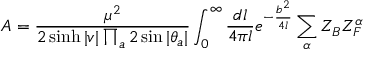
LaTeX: { \cal A } = \frac { \mu ^ { 2 } } { 2 \sinh | v | \prod _ { a } 2 \sin | \theta _ { a } | } \int _ { 0 } ^ { \infty } \frac { d l } { 4 \pi l } e ^ { - \frac { b ^ { 2 } } { 4 l } } \sum _ { \alpha } Z _ { B } Z _ { F } ^ { \alpha }